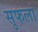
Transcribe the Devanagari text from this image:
सुफलां